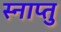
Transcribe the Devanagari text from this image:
स्नाप्तु